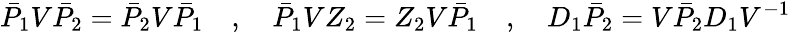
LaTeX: \bar{P}_{1}V\bar{P}_{2}=\bar{P}_{2}V\bar{P}_{1}\quad,\quad\bar{P}_{1}VZ_{2}=Z_{2}V\bar{P}_{1}\quad,\quad D_{1}\bar{P}_{2}=V\bar{P}_{2}D_{1}V^{-1}